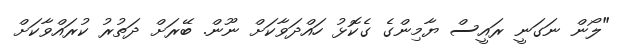
"ލޯން ނަގަނީ ރައީސް ޔާމިންގެ ގެކޮޅު ހައްދަވާކަށް ނޫން. ބޭރަށް ދަަތުރު ކުރައްވާކަށް